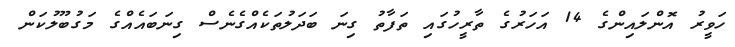
ހަވީރު އޮންލައިންގެ 14 އަހަރުގެ ތާރީހުގައި ތަފާތު ގިނަ ބަދަލުތަކެއްގެނެސް ގިނަބަައެއްގެ މަގުބޫލުކަން